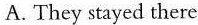
A.They stayed there